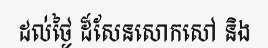
ដល់ថ្ងៃ ដ៏សែនសោកសៅ និង